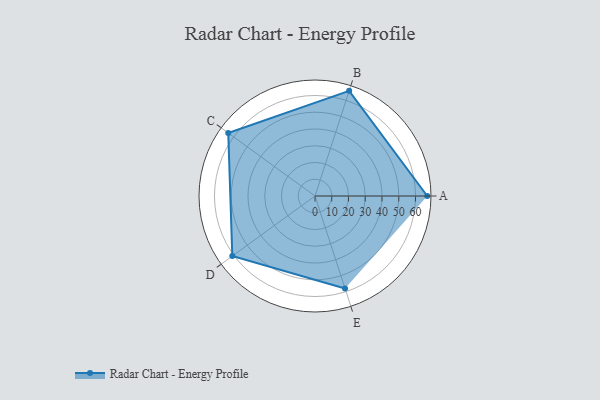
{"axis": {"x": "Skill", "y": "Score"}, "legend": ["Profile"], "data": [{"x": "A", "y": 67.0, "type": "Profile"}, {"x": "B", "y": 66.0, "type": "Profile"}, {"x": "C", "y": 64.0, "type": "Profile"}, {"x": "D", "y": 61.0, "type": "Profile"}, {"x": "E", "y": 58.0, "type": "Profile"}]}